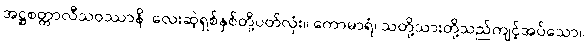
အဋ္ဌစတ္တာလီသဝဿာနိ၊ လေးဆဲ့ရှစ်နှစ်တို့ပတ်လုံး။ ကောမာရံ၊ သတို့သားတို့သည်ကျင့်အပ်သော။